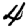
Digit: 4